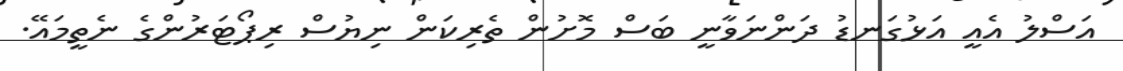
އަސްލު އެއީ އަޅުގަނޑު ދަންނަވާނީ ބަސް މޮށުން ތެރިކަން ނިޔުސް ރިޕޯޓަރުންގެ ނެތީމައޭ.